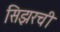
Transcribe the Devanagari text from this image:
सिझरची